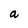
Character: a